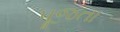
પૂજતા